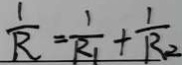
\frac { 1 } { R } = \frac { 1 } { R _ { 1 } } + \frac { 1 } { R _ { 2 } }